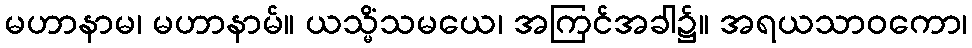
မဟာနာမ၊ မဟာနာမ်။ ယသ္မိံသမယေ၊ အကြင်အခါ၌။ အရယသာဝကော၊